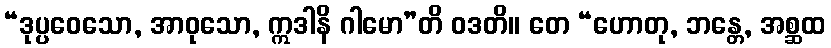
“ဒုပ္ပဝေသော, အာဝုသော, ဣဒါနိ ဂါမော”တိ ဝဒတိ။ တေ “ဟောတု, ဘန္တေ, အစ္ဆထ